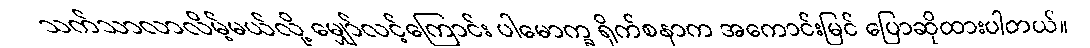
သက်သာလာလိမ့်မယ်လို့ မျှော်လင့်ကြောင်း ပါမောက္ခ ရိုက်စနာက အကောင်းမြင် ပြောဆိုထားပါတယ်။